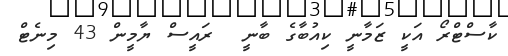
ކާސްޓްރޯ އަކީ ޒަމާނީ ކިއުބާގެ ބާނީ  ރައީސް ޔާމީން 43 މިނެޓް